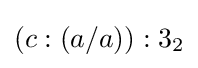
(c:(a/a)):3_{2}